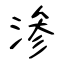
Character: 渗